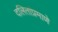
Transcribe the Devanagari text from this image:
दलितांप्रमाणे